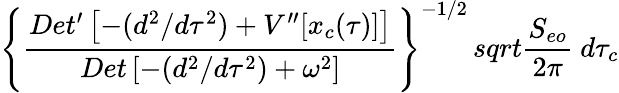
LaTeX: \left\{ {\frac{Det^{\prime}\left[-(d^{2}/d\tau^{2})+V^{\prime\prime}[x_{c}(\tau)]\right]}{Det\left[-(d^{2}/d\tau^{2})+\omega^{2}\right]}}\right\} ^{-1/2}\, sqrt{{\frac{S_{eo}}{2\pi}}}\ d\tau_{c}